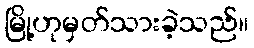
မြို့ဟုမှတ်သားခဲ့သည်။